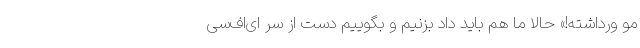
مو ورداشته!» حالا ما هم باید داد بزنیم و بگوییم دست از سر ای‌اف‌سی